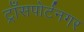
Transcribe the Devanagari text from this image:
ट्राँसपोर्टनगर